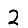
Digit: 2